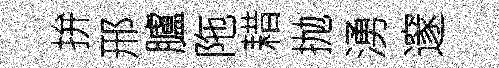
拚邢臚陁耤抛湧邃